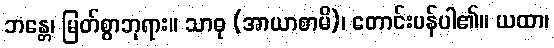
ဘန္တေ၊ မြတ်စွာဘုရား။ သာဓု (အာယာစာမိ)၊ တောင်းပန်ပါ၏။ ယထာ၊